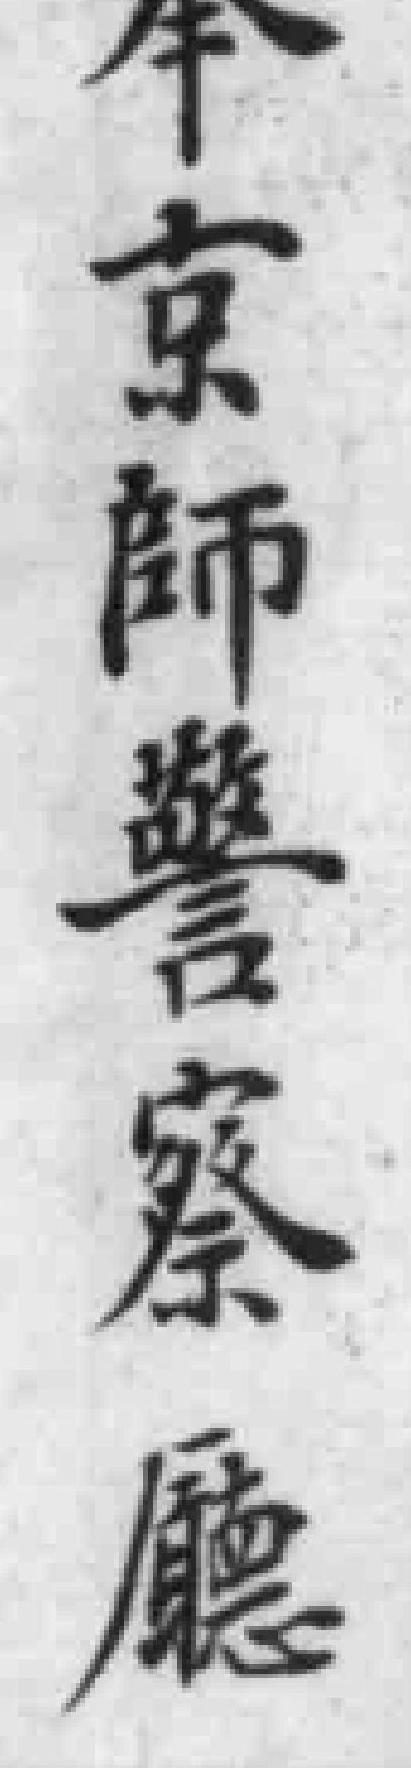
京師警察廳